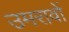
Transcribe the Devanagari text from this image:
उमरावों